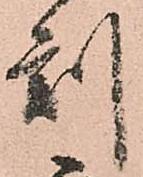
刻